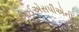
આઈએસપીએની